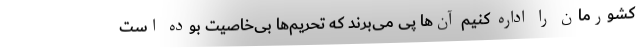
کشورمان را اداره کنیم آن‌ها پی می‌برند که تحریم‌ها بی‌خاصیت بوده است